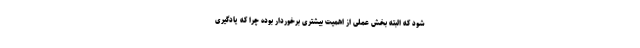
شود که البته بخش عملی از اهمیت بیشتری برخوردار بوده چرا که یادگیری